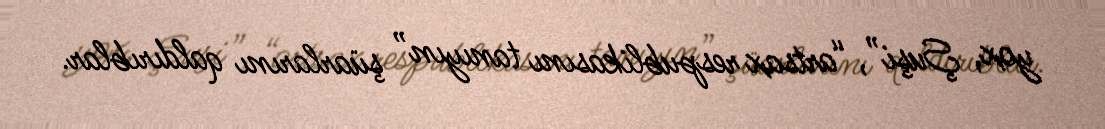
yox, Şuşi”, “artsax respublikasını tanıyın” şüarlarını qaldırıblar.